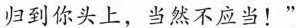
归到你头上，当然不应当!“